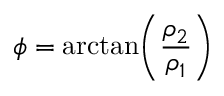
\phi = \arctan \! \left( \frac { \rho _ { 2 } } { \rho _ { 1 } } \right)